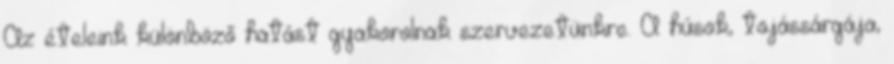
Az ételeink különböző hatást gyakorolnak szervezetünkre. A húsok, tojássárgája,